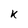
Character: k